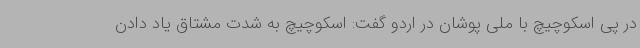
در پی اسکوچیچ با ملی پوشان در اردو گفت: اسکوچیچ به شدت مشتاق یاد دادن